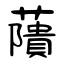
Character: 藬